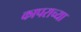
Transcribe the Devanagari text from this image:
कापराच्या